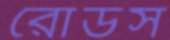
রোডস